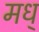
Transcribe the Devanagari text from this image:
मध्